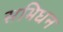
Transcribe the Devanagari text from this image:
सभिधन